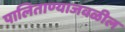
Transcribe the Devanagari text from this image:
पालिताण्याजवळील